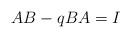
LaTeX: \begin{align*} AB-qBA=I \end{align*}